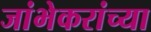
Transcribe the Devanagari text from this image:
जांभेकरांच्या